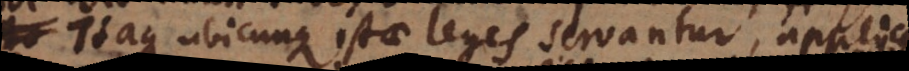
Itaque ubicunque istae leges servantur, applicar